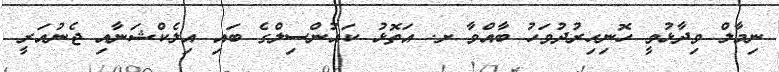
ނިމާލް ވިދާޅުވީ ހޮނިހިރުދުވަހު ބާއްވާ ށ. އަތޮޅު ކައުންސިލްގެ ބައި އިލެކްޝަނާއި ޖެނުއަރީ